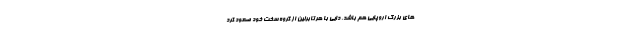
های بزرگ اروپایی هم باشد. دایی با هرتابرلین از گروه سخت خود صعود کرد